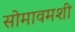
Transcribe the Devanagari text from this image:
सोमावमशी